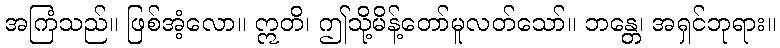
အကြံသည်။ ဖြစ်အံ့လော။ ဣတိ၊ ဤသို့မိန့်တော်မူလတ်သော်။ ဘန္တေ၊ အရှင်ဘုရား။